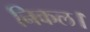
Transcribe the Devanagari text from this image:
निकल।